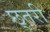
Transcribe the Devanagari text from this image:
छ्तरी